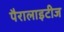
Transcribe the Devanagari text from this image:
पैरालाइटीज